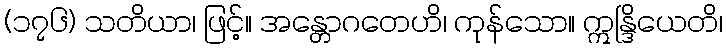
(၁၇၆) သတိယာ၊ ဖြင့်။ အန္တောဂတေဟိ၊ ကုန်သော။ ဣန္ဒြိယေတိ၊